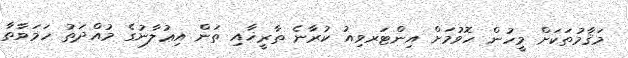
މަޤާމުތަކަށް މީހުން ހޮވުމަށް އިންޓަރވިއު ކުރާނެ ތާރީޚާއި ތަން އިޢުލާނުގެ މުއްދަތު ހަމަވާތާ